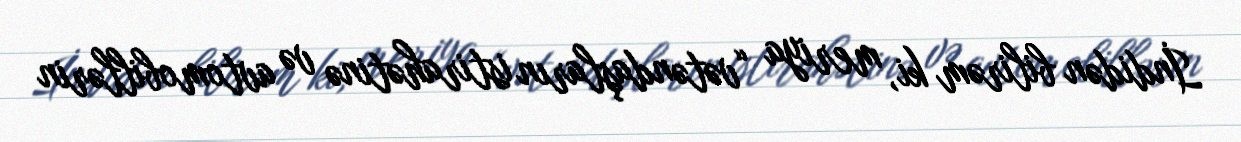
İndidən bilirəm ki, meriya “vətəndaşların istirahətinə və avtomobillərin